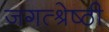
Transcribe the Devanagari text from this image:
जगत्श्रेष्ठी